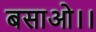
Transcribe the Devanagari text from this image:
बसाओ।।